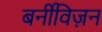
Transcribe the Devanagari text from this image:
बर्नीविज़न